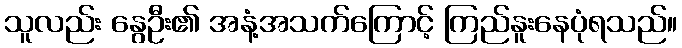
သူလည်း နွေဦး၏ အနံ့အသက်ကြောင့် ကြည်နူးနေပုံရသည်။